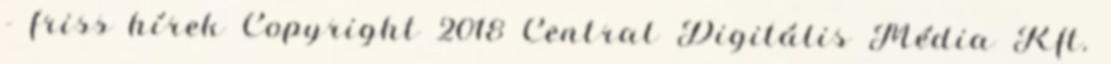
- friss hírek Copyright 2018 Central Digitális Média Kft.